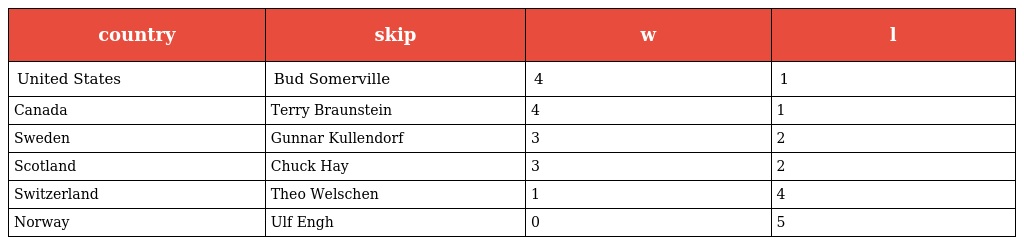
| country | skip | w | l |
 | --- | --- | --- | --- |
 | United States | Bud Somerville | 4 | 1 |
 | Canada | Terry Braunstein | 4 | 1 |
 | Sweden | Gunnar Kullendorf | 3 | 2 |
 | Scotland | Chuck Hay | 3 | 2 |
 | Switzerland | Theo Welschen | 1 | 4 |
 | Norway | Ulf Engh | 0 | 5 |